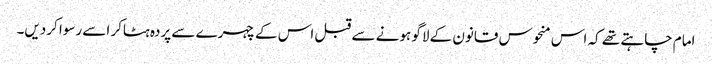
امام چاہتے تھے کہ اس منحوس قانون کے لاگو ہونے سے قبل اس کے چہرے سے پردہ ہٹاکر اسے رسوا کردیں۔